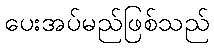
ပေးအပ်မည်ဖြစ်သည်